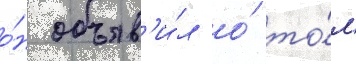
о́н объяв'и́л о́ то́м